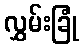
လွှမ်းခြုံ